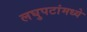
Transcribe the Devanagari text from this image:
लघुपटांमध्ये